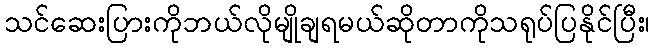
သင်ဆေးပြားကိုဘယ်လိုမျိုချရမယ်ဆိုတာကိုသရုပ်ပြနိုင်ပြီး၊